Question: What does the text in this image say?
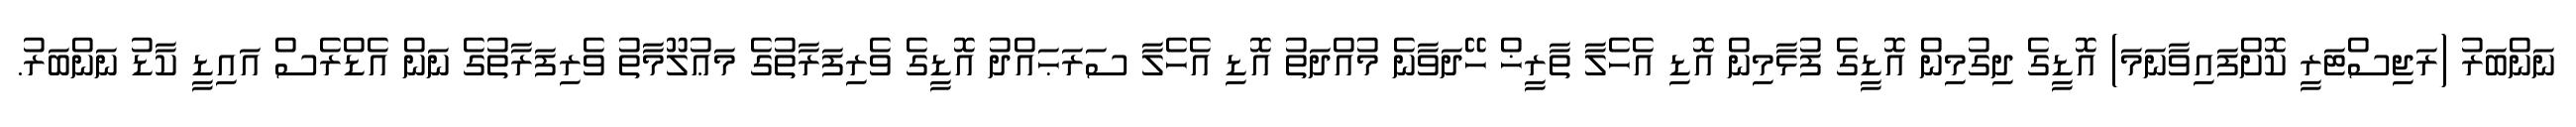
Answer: ނަންބަރު (ރަޖިސްޓަރީ ކޮށްފައިވާނަމަ) އޮޑީގެ ދިގުމިން އޮޑީގެ ފުޅާމިން އޮޑި އެހެލާ ތާރީޚް ހޭދަވާނެ މުއްދަތު އޮޑި އެހެލާ ސަރަޙައްދު އޮޑީގެ ވެރިފަރާތުގެ މަޢުލޫމާތު ވެރިފަރާތުގެ ނަން އެޑްރެސް އައިޑީ ކާޑު ނަންބަރު.